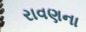
રાવણના